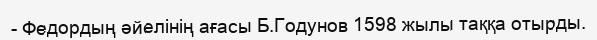
- Федордың әйелінің ағасы Б.Годунов 1598 жылы таққа отырды.